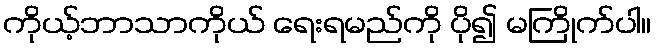
ကိုယ့်ဘာသာကိုယ် ရေးရမည်ကို ပို၍ မကြိုက်ပါ။